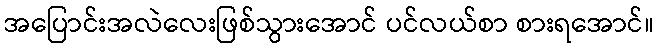
အပြောင်းအလဲလေးဖြစ်သွားအောင် ပင်လယ်စာ စားရအောင်။